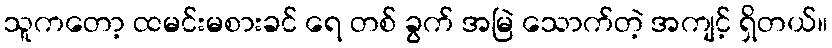
သူကတော့ ထမင်းမစားခင် ရေ တစ် ခွက် အမြဲ သောက်တဲ့ အကျင့် ရှိတယ်။